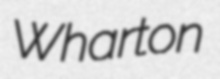
Wharton